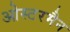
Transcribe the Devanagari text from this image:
ओस्टरमैन